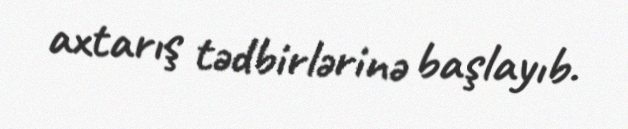
axtarış tədbirlərinə başlayıb.